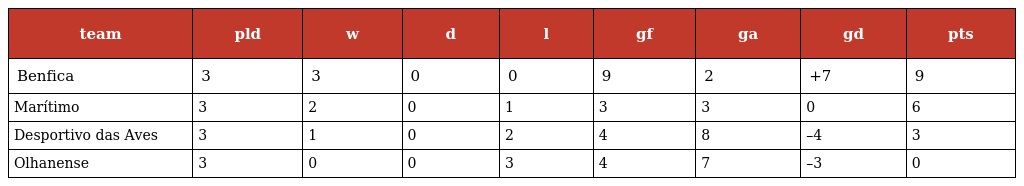
| team | pld | w | d | l | gf | ga | gd | pts |
 | --- | --- | --- | --- | --- | --- | --- | --- | --- |
 | Benfica | 3 | 3 | 0 | 0 | 9 | 2 | +7 | 9 |
 | Marítimo | 3 | 2 | 0 | 1 | 3 | 3 | 0 | 6 |
 | Desportivo das Aves | 3 | 1 | 0 | 2 | 4 | 8 | –4 | 3 |
 | Olhanense | 3 | 0 | 0 | 3 | 4 | 7 | –3 | 0 |